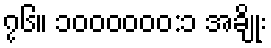
၇၆။ ၁၀၀၀၀၀၀:၁ အချိုး